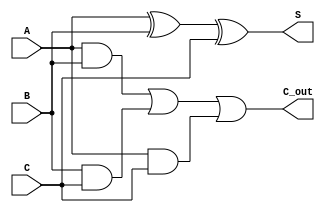
module CSA (
    input  [N-1:0] A, // Input A
    input  [N-1:0] B, // Input B
    input  [N-1:0] C, // Input C
    output [N-1:0] S, // Sum output
    output [N-1:0] C_out // Carry output
);
    parameter N = 8; // Bit width

    assign S = A ^ B ^ C; // Sum calculation
    assign C_out = (A & B) | (B & C) | (A & C); // Carry calculation
endmodule